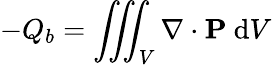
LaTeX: -Q_{b}=\iiint_{V}\nabla\cdot\mathbf{P}\ \mathrm{d}V